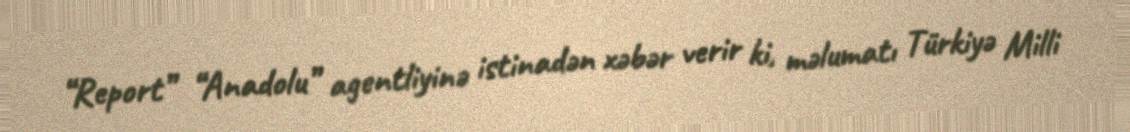
“Report” “Anadolu” agentliyinə istinadən xəbər verir ki, məlumatı Türkiyə Milli